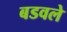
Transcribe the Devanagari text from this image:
बडवले